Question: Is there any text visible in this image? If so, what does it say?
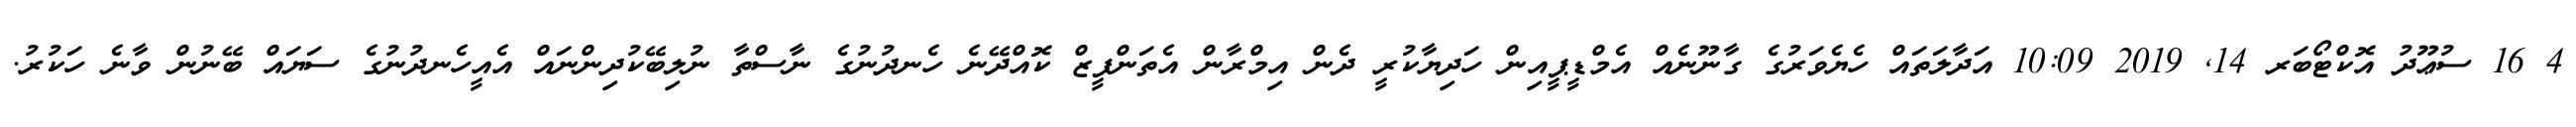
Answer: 4 16 ސުޢޫދު އޮކްޓޯބަރ 14, 2019 10:09 އަދާލަތައް ހެޔެވަރުގެ ގާނޫނެއް އެމްޑީޕީއިން ހަދިޔާކުރީ ދެން އިމްރާން އެތަންފީޒް ކޮއްދޭނެ ހެނދުނުގެ ނާސްތާ ނުލިބޭކުދިންނައް އެއީހެނދުނުގެ ސަޔައް ބޭނުން ވާނެ ހަކުރު.